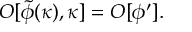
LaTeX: { \cal O } [ \tilde { \phi } ( \kappa ) , \kappa ] = { \cal O } [ \phi ^ { \prime } ] .